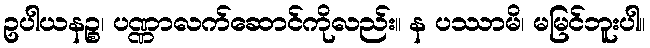
ဥပါယနဉ္စ၊ ပဏ္ဏာလက်ဆောင်ကိုလည်း။ န ပဿာမိ၊ မမြင်ဘူးပါ။